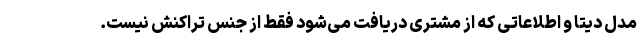
مدل دیتا و اطلاعاتی که از مشتری دریافت می‌شود فقط از جنس تراکنش نیست.